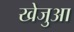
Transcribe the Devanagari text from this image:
खेजुआ